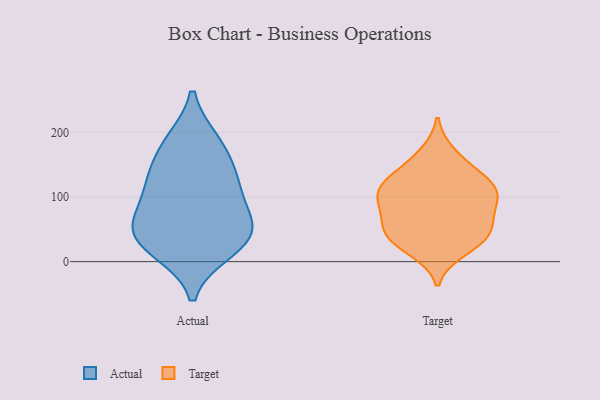
{"axis": {"x": "Satisfaction Score", "y": "Value"}, "legend": ["Actual", "Target"], "data": [{"x": "", "y": 53, "type": "Actual"}, {"x": "", "y": 185, "type": "Actual"}, {"x": "", "y": 36, "type": "Actual"}, {"x": "", "y": 67, "type": "Actual"}, {"x": "", "y": 122, "type": "Actual"}, {"x": "", "y": 18, "type": "Actual"}, {"x": "", "y": 27, "type": "Actual"}, {"x": "", "y": 117, "type": "Actual"}, {"x": "", "y": 61, "type": "Actual"}, {"x": "", "y": 180, "type": "Actual"}, {"x": "", "y": 131, "type": "Actual"}, {"x": "", "y": 33, "type": "Target"}, {"x": "", "y": 121, "type": "Target"}, {"x": "", "y": 18, "type": "Target"}, {"x": "", "y": 40, "type": "Target"}, {"x": "", "y": 35, "type": "Target"}, {"x": "", "y": 99, "type": "Target"}, {"x": "", "y": 65, "type": "Target"}, {"x": "", "y": 104, "type": "Target"}, {"x": "", "y": 146, "type": "Target"}, {"x": "", "y": 97, "type": "Target"}, {"x": "", "y": 167, "type": "Target"}, {"x": "", "y": 123, "type": "Target"}, {"x": "", "y": 55, "type": "Target"}, {"x": "", "y": 113, "type": "Target"}, {"x": "", "y": 72, "type": "Target"}]}